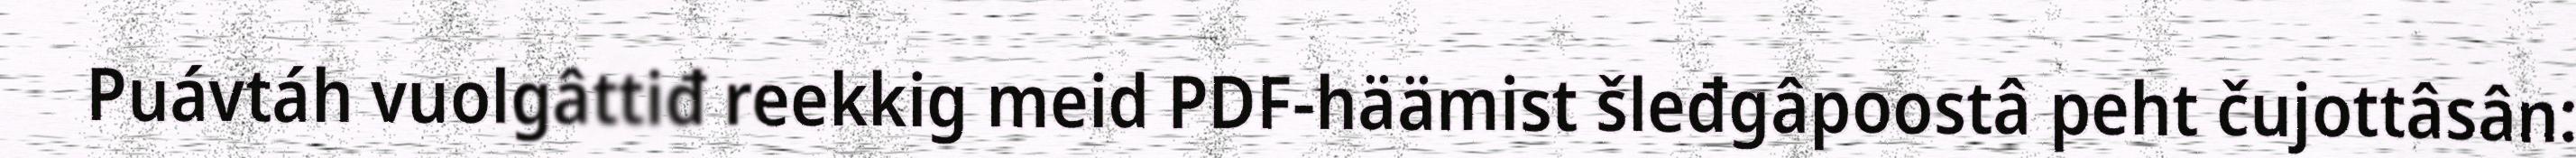
Puávtáh vuolgâttiđ reekkig meid PDF-häämist šleđgâpoostâ peht čujottâsân: